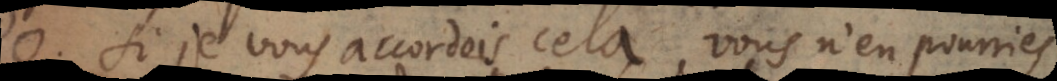
o. Si je vous accordois cela, vous n’en pourriés